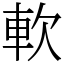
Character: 軟